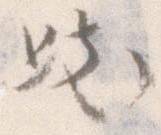
き